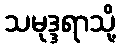
သမုဒ္ဒရာသို့